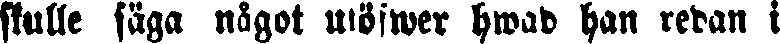
skulle säga något utöfwer hwad han redan i